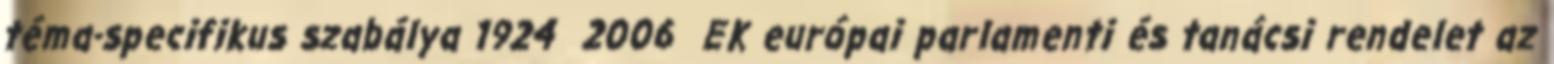
téma-specifikus szabálya 1924 2006 EK európai parlamenti és tanácsi rendelet az